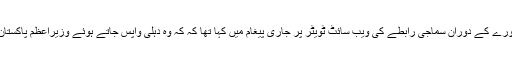
بھارت کے وزیراعظم نریندر مودی نے کابل سے افغانستان کے دورے کے دوران سماجی رابطے کی ویب سائٹ ٹویٹر پر جاری پیغام میں کہا تھا کہ کہ وہ دہلی واپس جاتے ہوئے وزیراعظم پاکستان نواز شریف سے ملنے کے لیے لاہور رکنے کا ارادہ رکھتے ہیں۔